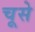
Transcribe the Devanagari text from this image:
चूसे